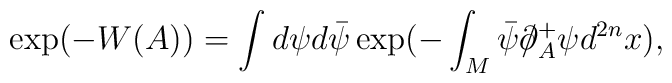
\exp (-W(A))=\int d\psi d\bar{\psi }\exp (-\int _M \bar{\psi }\partial \!\!\! / _A^+ \psi d^{2n}x),